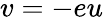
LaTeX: v=-eu